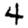
Digit: 4